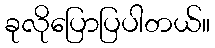
ခုလိုပြောပြပါတယ်။